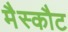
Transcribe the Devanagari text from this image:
मैस्कौट